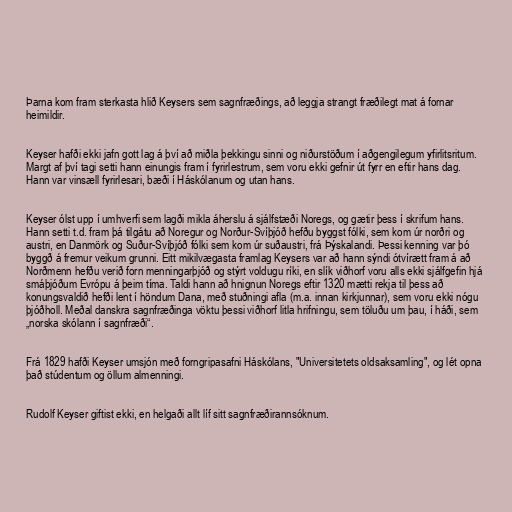
Þarna kom fram sterkasta hlið Keysers sem sagnfræðings, að leggja strangt fræðilegt mat á fornar
heimildir.

Keyser hafði ekki jafn gott lag á því að miðla þekkingu sinni og niðurstöðum í aðgengilegum yfirlitsritum.
Margt af því tagi setti hann einungis fram í fyrirlestrum, sem voru ekki gefnir út fyrr en eftir hans dag.
Hann var vinsæll fyrirlesari, bæði í Háskólanum og utan hans.

Keyser ólst upp í umhverfi sem lagði mikla áherslu á sjálfstæði Noregs, og gætir þess í skrifum hans.
Hann setti t.d. fram þá tilgátu að Noregur og Norður-Svíþjóð hefðu byggst fólki, sem kom úr norðri og
austri, en Danmörk og Suður-Svíþjóð fólki sem kom úr suðaustri, frá Þýskalandi. Þessi kenning var þó
byggð á fremur veikum grunni. Eitt mikilvægasta framlag Keysers var að hann sýndi ótvírætt fram á að
Norðmenn hefðu verið forn menningarþjóð og stýrt voldugu ríki, en slík viðhorf voru alls ekki sjálfgefin hjá
smáþjóðum Evrópu á þeim tíma. Taldi hann að hnignun Noregs eftir 1320 mætti rekja til þess að
konungsvaldið hefði lent í höndum Dana, með stuðningi afla (m.a. innan kirkjunnar), sem voru ekki nógu
þjóðholl. Meðal danskra sagnfræðinga vöktu þessi viðhorf litla hrifningu, sem töluðu um þau, í háði, sem
„norska skólann í sagnfræði“.

Frá 1829 hafði Keyser umsjón með forngripasafni Háskólans, "Universitetets oldsaksamling", og lét opna
það stúdentum og öllum almenningi.

Rudolf Keyser giftist ekki, en helgaði allt líf sitt sagnfræðirannsóknum.